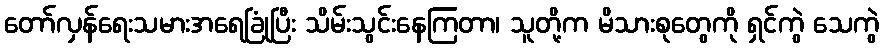
တော်လှန်ရေးသမားအရေခြုံပြီး သိမ်းသွင်းနေကြတာ၊ သူတို့က မိသားစုတွေကို ရှင်ကွဲ သေကွဲ